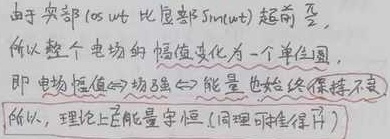
由于实部 $\cos\omega t$ 比虚部 $\sin\omega t$ 超前 $\frac{\pi}{2}$，所以整个电场的幅值变化为一个单位圆，即 电场幅值$\leftrightarrow$场强$\leftrightarrow$能量 也始终保持不变，所以，理论上总能量守恒(同理可推得序)